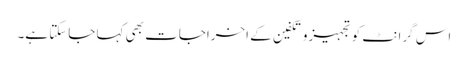
اس گرانٹ کو تجہیزوتکفین کے اخراجات بھی کہا جاسکتا ہے۔